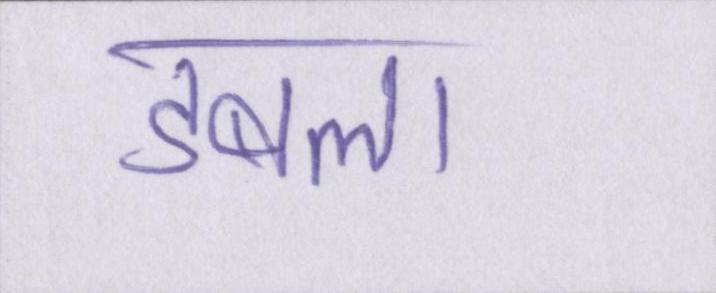
डबला